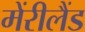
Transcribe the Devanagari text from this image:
मेंरीलैंड